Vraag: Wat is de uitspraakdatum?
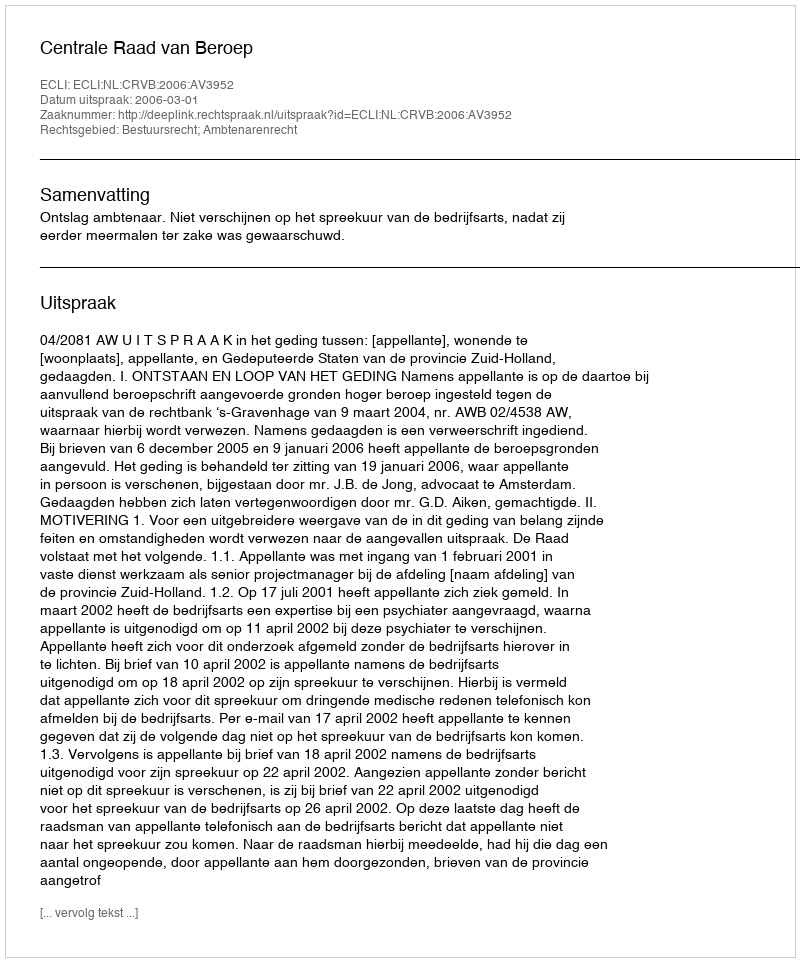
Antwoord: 2006-03-01